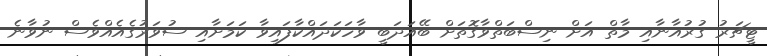
ޓީޗަރު ގުރުއާނާއި މާތް އަށް ނިސްބަތްވާގޮތަށް ބޭއަދަބީ ވާހަކަދައްކާފައިވާ ކަމަށާއި ސުވަރުގެއެއްވެސް ނުވާނެ